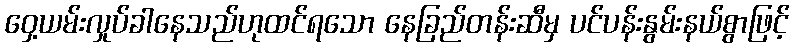
ဝှေ့ယမ်းလှုပ်ခါနေသည်ဟုထင်ရသော နေခြည်တန်းဆီမှ ပင်ပန်းနွမ်းနယ်စွာဖြင့်